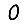
Digit: 0